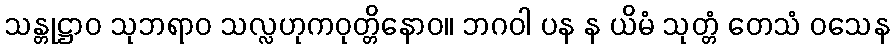
သန္တုဋ္ဌာဝ သုဘရာဝ သလ္လဟုကဝုတ္တိနောဝ။ ဘဂဝါ ပန န ယိမံ သုတ္တံ တေသံ ဝသေန